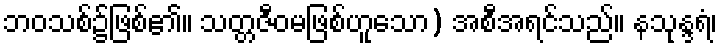
ဘဝသစ်၌ဖြစ်၏။ သတ္တဇီဝမဖြစ်ဟူသော) အစီအရင်သည်။ နသုန္ဒရံ၊